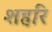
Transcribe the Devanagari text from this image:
शहरि